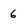
Character: 6